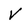
Character: V